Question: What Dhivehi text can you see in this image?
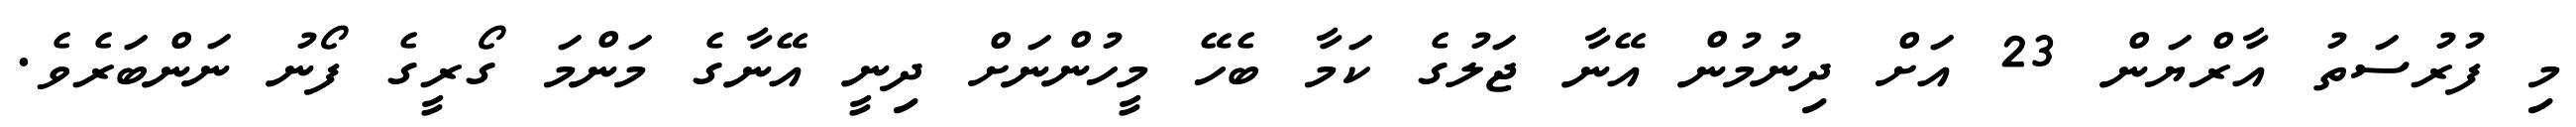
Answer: މި ފުރުސަތު އާރްޔަން 23 އަށް ދިނުމުން އޭނާ ޖަލުގެ ކަމާ ބެހޭ މީހުންނަށް ދިނީ އޭނާގެ މަންމަ ގޯރީގެ ފޯނު ނަންބަރެވެ.